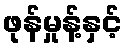
ဖုန်မှုန့်နှင့်